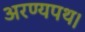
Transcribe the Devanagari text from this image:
अरण्यपथ।